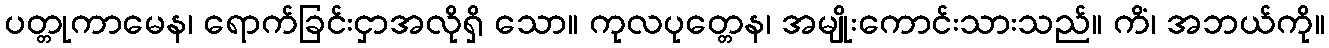
ပတ္တုကာမေန၊ ရောက်ခြင်းငှာအလိုရှိ သော။ ကုလပုတ္တေန၊ အမျိုးကောင်းသားသည်။ ကိံ၊ အဘယ်ကို။